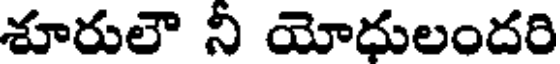
శూరులౌ నీ యోధులందరి